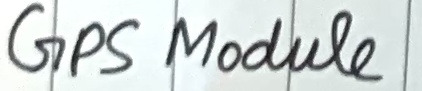
Text: GPS Module